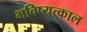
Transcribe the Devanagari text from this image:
भविष्यत्काल